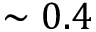
\sim 0 . 4